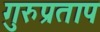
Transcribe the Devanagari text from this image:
गुरुप्रताप